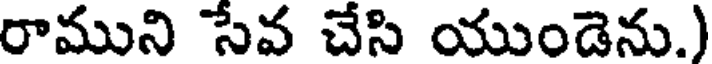
రాముని సేవ చేసి యుండెను.)